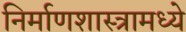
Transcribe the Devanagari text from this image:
निर्माणशास्त्रामध्ये